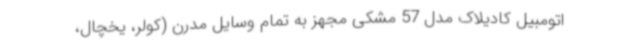
اتومبیل کادیلاک مدل 57 مشکی مجهز به تمام وسایل مدرن (کولر، یخچال،